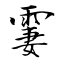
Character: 霋